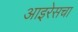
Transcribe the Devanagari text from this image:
आइरेसचा